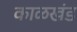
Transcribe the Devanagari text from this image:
काळखंड